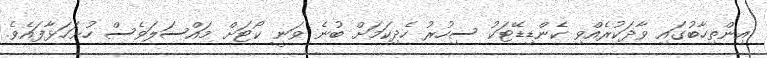
އިންތިހާބުގައި ވާދަކުރެއްވި ކެންޑިޑޭޓަކު ސިހުރު ހެދިކަމަށް ބުނެ ވަނީ ކޯޓަށް މައްސަލަވެސް ހުށަހަޅާފައެވެ.